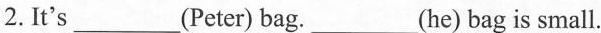
2.It's___(Peter) bag.___(he) bagis small.